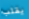
يقلب